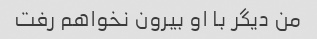
من دیگر با او بیرون نخواهم رفت